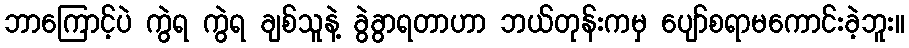
ဘာကြောင့်ပဲ ကွဲရ ကွဲရ ချစ်သူနဲ့ ခွဲခွာရတာဟာ ဘယ်တုန်းကမှ ပျော်စရာမကောင်းခဲ့ဘူး။